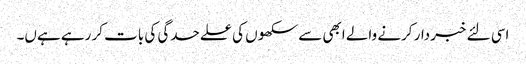
اسی لئے خبردار کرنے والے ابھی سے سکھوں کی علےحدگی کی بات کر رہے ہےں۔